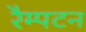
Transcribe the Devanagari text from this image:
रैम्पटन